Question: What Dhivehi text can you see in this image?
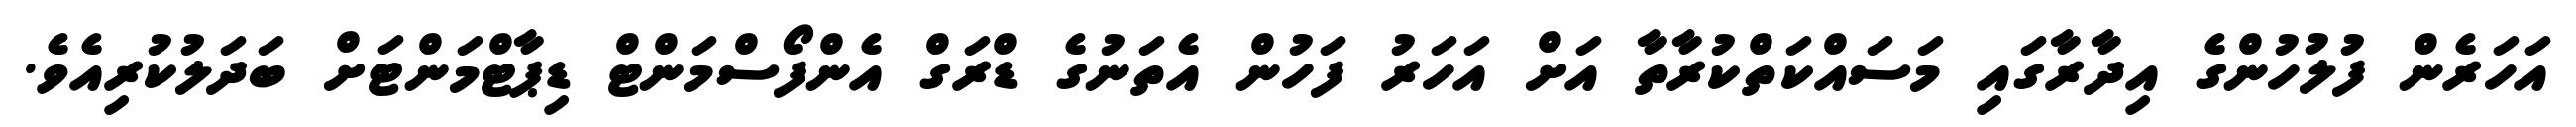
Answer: އަހަރެން ފުލުހުންގެ އިދާރާގައި މަސައްކަތްކުރާތާ އަށް އަހަރު ފަހުން އެތަނުގެ ޑްރަގް އެންފޯސްމަންޓް ޑިޕާޓްމަންޓަށް ބަދަލުކުރިއެވެ.